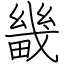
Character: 畿